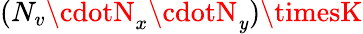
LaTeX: {(N_{v}\cdotN_{x}\cdotN_{\mathit{y}})\timesK}